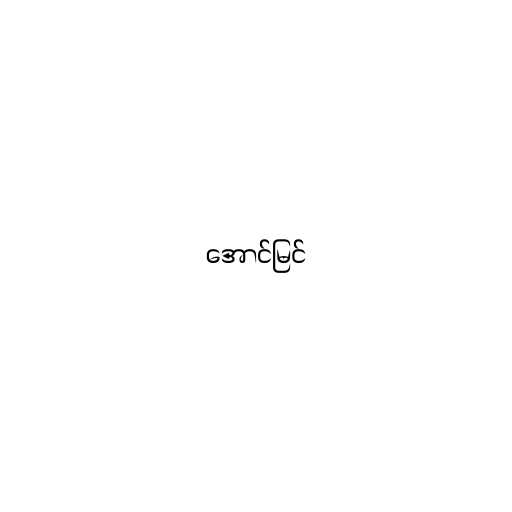
အောင်မြင်